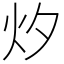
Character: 㶤